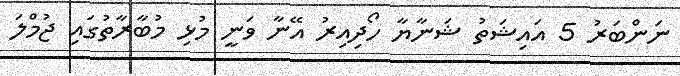
ނަންބަރު 5 އައިޝަތު ޝަނާޔާ ހޯދިއިރު އޭނާ ވަނީ މުޅި މުބާރާތުގައި ޖުމްލަ